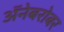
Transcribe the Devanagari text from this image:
अॅनेबरोबर